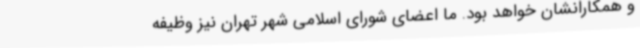
و همکارانشان خواهد بود. ما اعضای شورای اسلامی شهر تهران نیز وظیفه